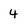
Character: 4